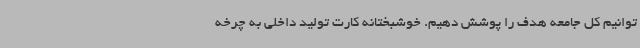
توانیم کل جامعه هدف را پوشش دهیم. خوشبختانه کارت تولید داخلی به چرخه